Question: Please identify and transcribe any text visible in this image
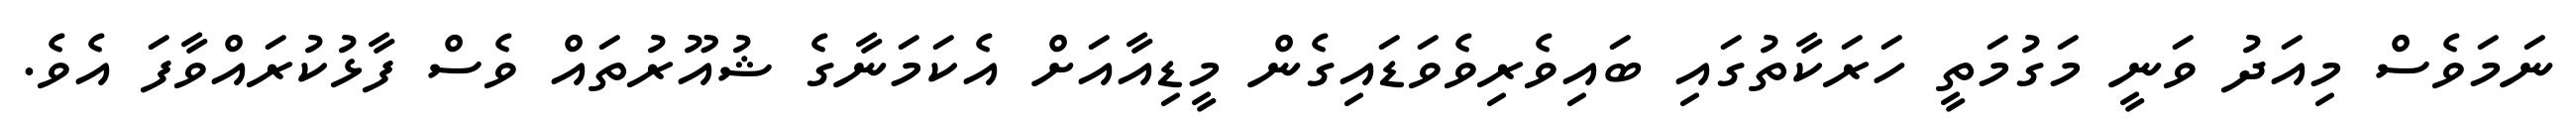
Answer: ނަމަވެސް މިއަދު ވަނީ މަގުމަތީ ހަރަކާތުގައި ބައިވެރިވެވަޑައިގެން މީޑިއާއަށް އެކަމަނާގެ ޝުއޫރުތައް ވެސް ފާޅުކުރައްވާފަ އެވެ.